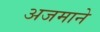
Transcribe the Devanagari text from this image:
अजमाने